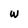
Character: W